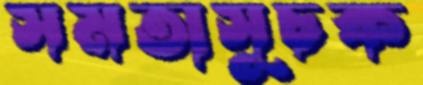
সমতাসূচক